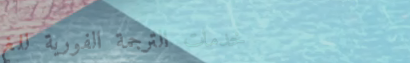
خدمات الترجمة الفورية للغ